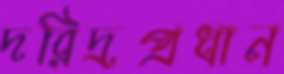
দরিদ্রপ্রধান